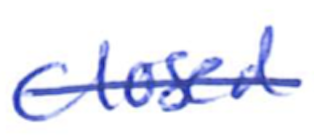
Text: closed
Cross-out: mix
Writing tool: ballpoint